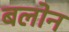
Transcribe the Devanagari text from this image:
बलोन